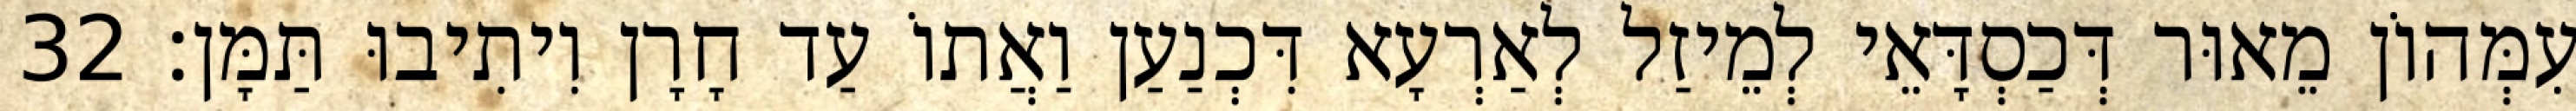
עִמְּהוֹן מֵאוּר דְּכַסְדָּאֵי לְמֵיזַל לְאַרְעָא דִּכְנַעַן וַאֲתוֹ עַד חָרָן וִיתִיבוּ תַּמָּן׃ 32